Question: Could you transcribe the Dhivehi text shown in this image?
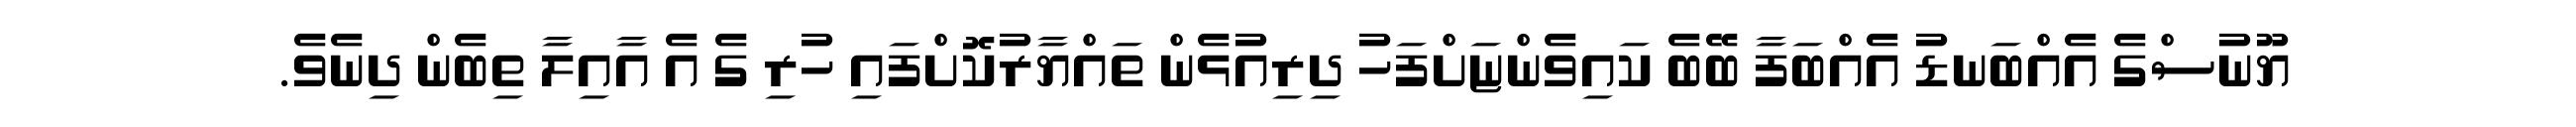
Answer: ޔޫނުސްގެ އެއްބަނޑު އެއްބަފާ ބޭބެ ކައިވެންޏަށްފަހު ދިރިއުޅެން ތައްޔާރުކޮށްފައި ހުރި ގެ އެ އާއިލާ ތިބެން ދިނެވެ.